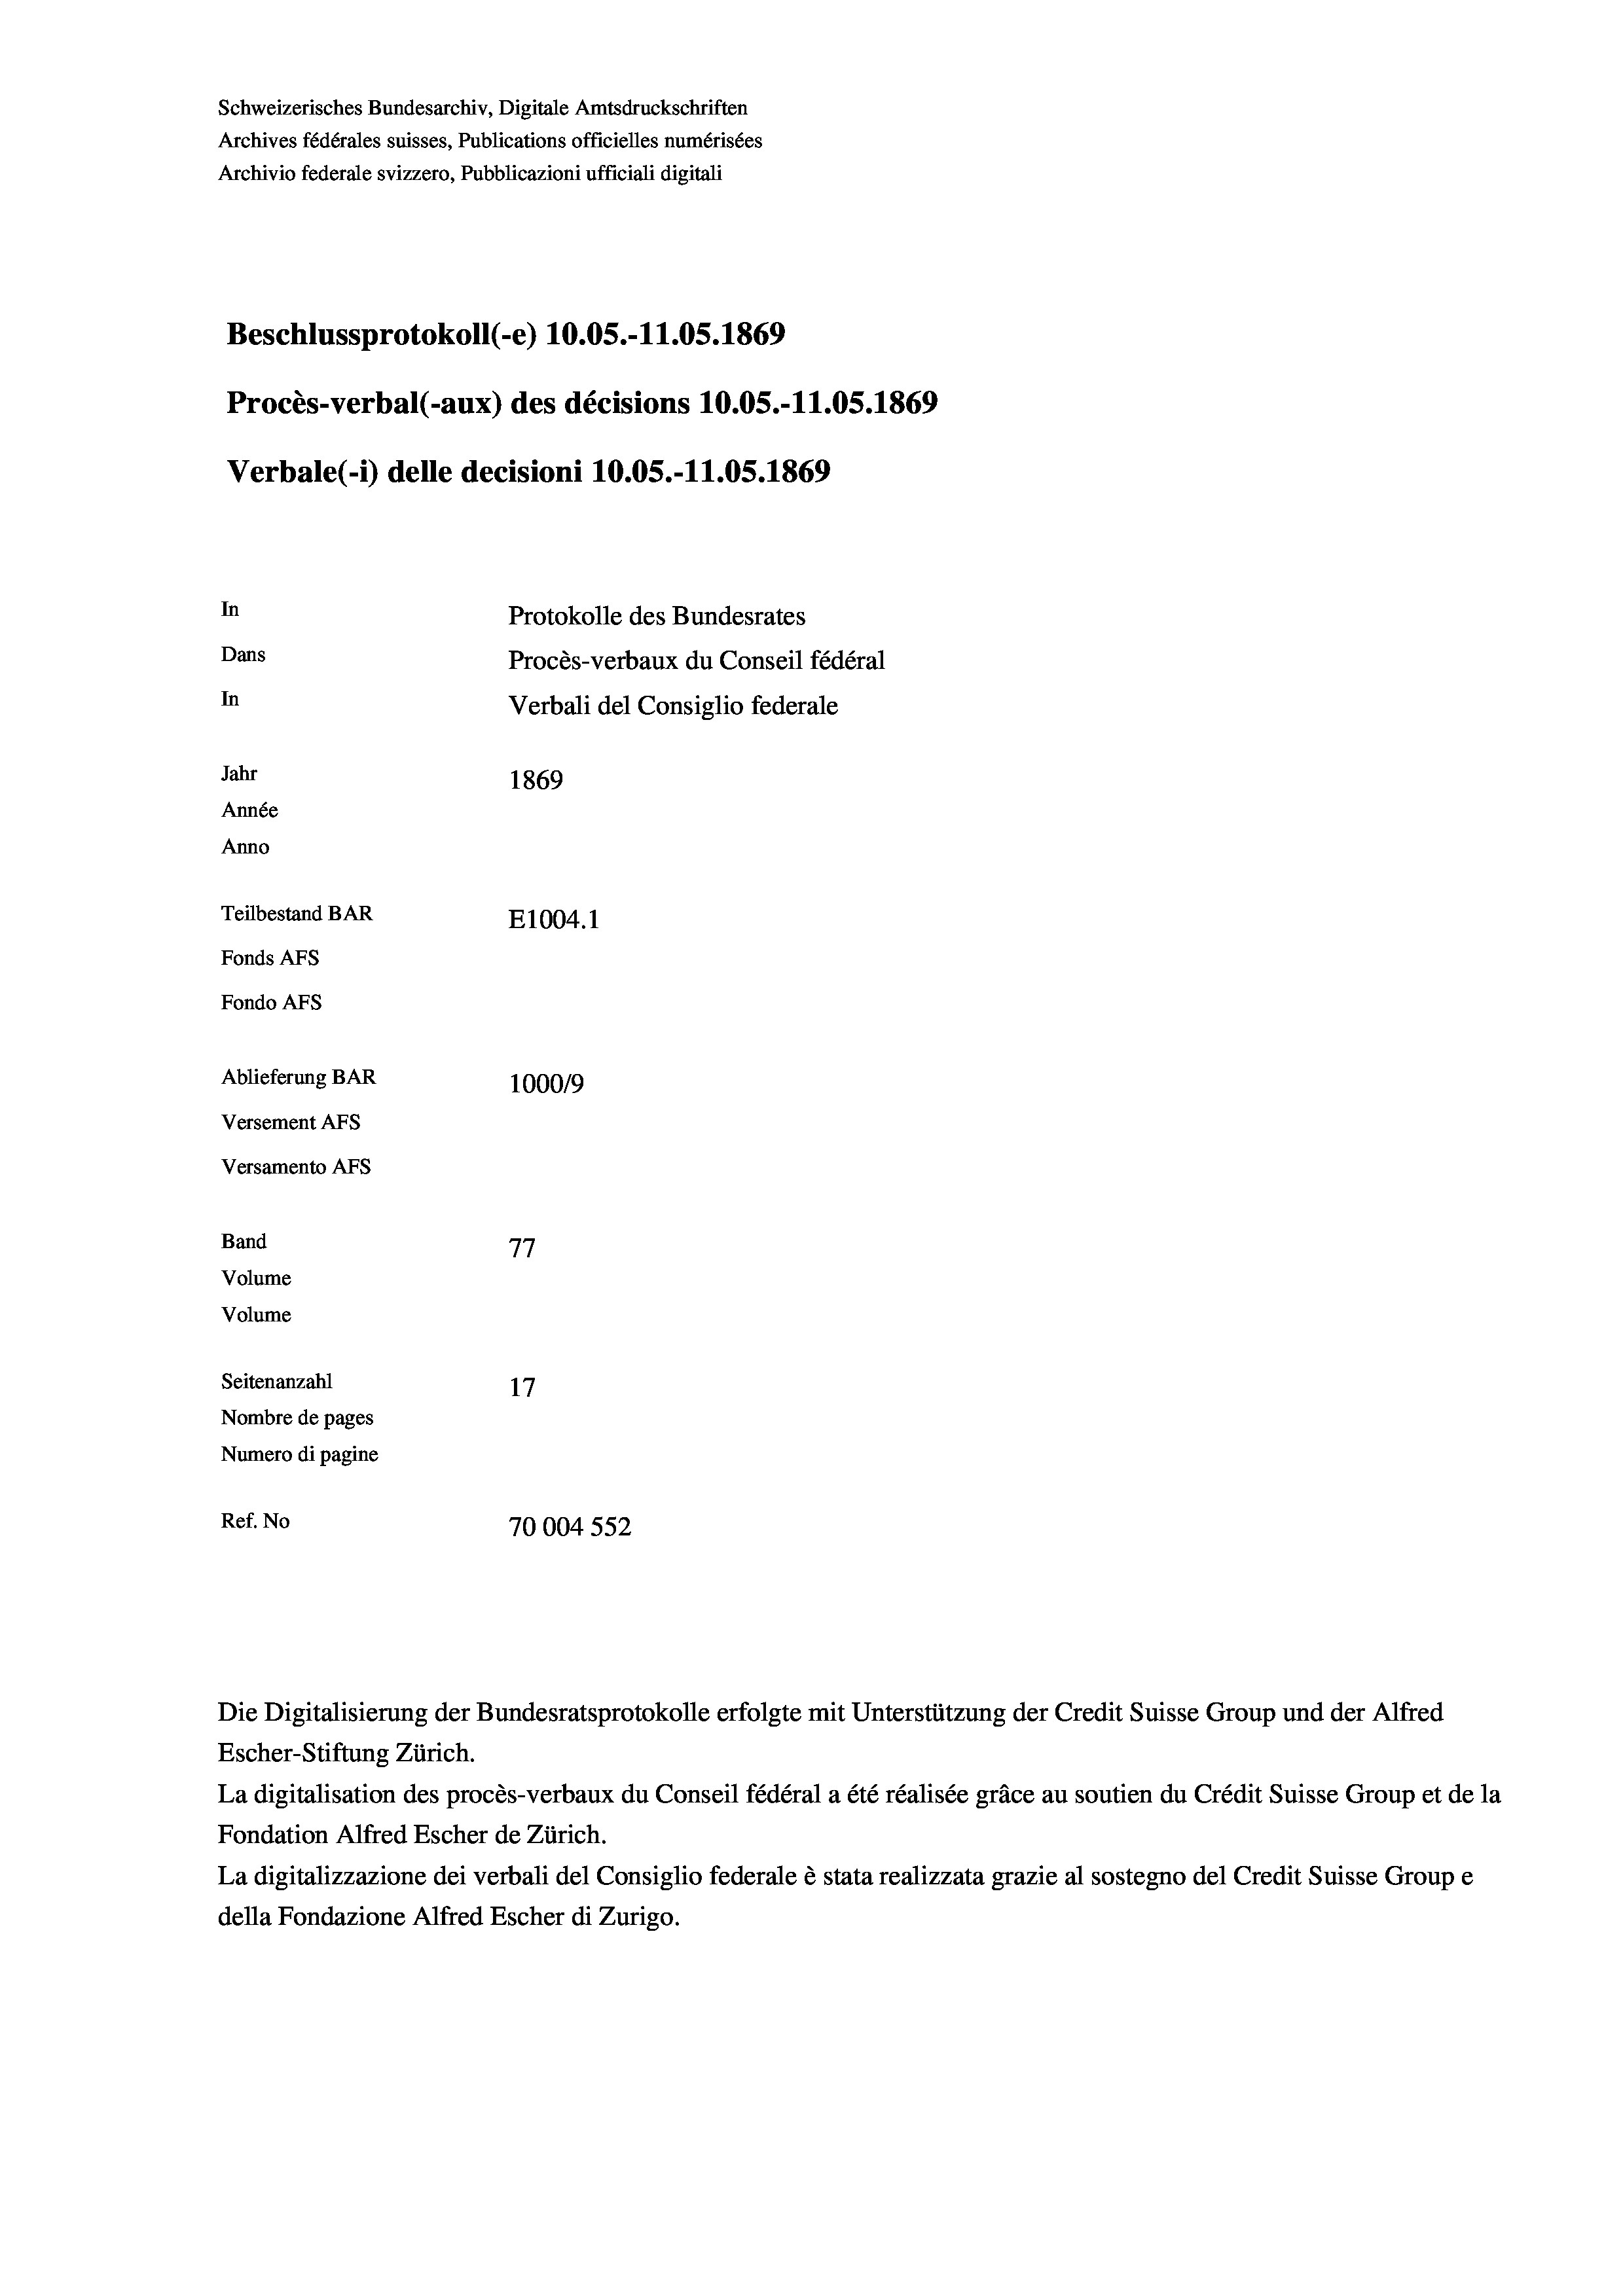
Schweizerisches Bundesarchiv, Digitale Amtsdruckschriften
Archives fédérales suisses, Publications officielles numérisées
Archivio federale svizzero, Pubblicazioni ufficiali digitali
Beschlussprotokoll (-e) 10.05.-11.05. 1869
Procès-verbal (-aux) des décisions 10.05.-11.05. 1869
Verbale(-*) delle decisioni 10.05.-11.05. 1869
In
Protokolle des Bundesrates
Dans
Procès-verbaux du Conseil fédéral
In
Verbali del Consiglio federale
Jahr
1869
Année
Anno
Teilbestand BAR
E1004. 1
Fonds AFs
Fondo Afs
Ablieferung BAR
100019
Versement AFs
Versamento Afs
Band
77
Volume
Volume
Seitenanzahl
17

Nombre de pages
Numero di pagine
Ref. No
70004 552

Escher-Stiftung Zürich.
La digitalisation des procès-verbaux du Conseil fédéral a été réalisée gräce au soutien du Crédit Suisse Group et de la
Fondation Alfred Escher de Zürich.
La digitalizzazione dei verbali del Consiglio federale è stata realizzata grazie al sostegno del Credit Suisse Groupe
della Fondazione Alfred Escher di Zurigo.

Die Digitalisierung der Bundesratsprotokolle erfolgte mit Unterstützung der Credit Suisse Group und der Alfred